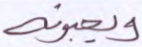
ويحبونه